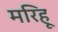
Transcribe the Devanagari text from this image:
मरिहू